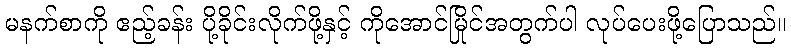
မနက်စာကို ဧည့်ခန်း ပို့ခိုင်းလိုက်ဖို့နှင့် ကိုအောင်မြိုင်အတွက်ပါ လုပ်ပေးဖို့ပြောသည်။